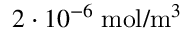
2 \cdot 1 0 ^ { - 6 } \; \mathrm { m o l } / \mathrm { m } ^ { 3 }